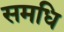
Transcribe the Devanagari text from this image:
समधि